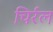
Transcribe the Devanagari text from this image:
चिर्रल